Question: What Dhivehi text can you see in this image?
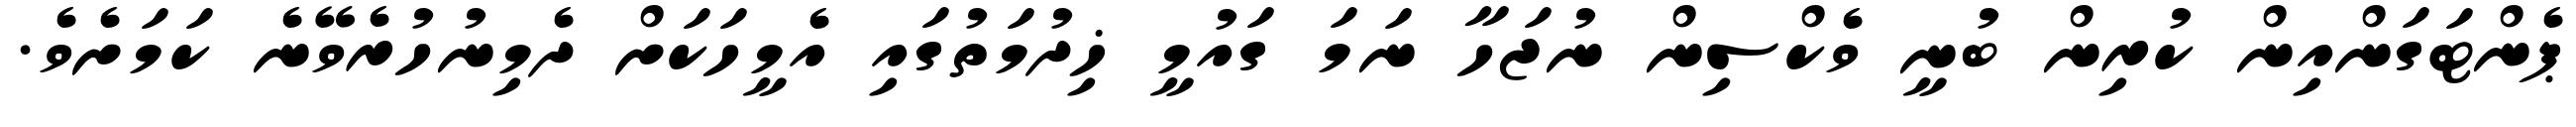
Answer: ޕެންޓަގަންއިން ކުރިން ބުނީ ވެކްސިން ނުޖަހާ ނަމަ ގައުމީ ޚިދުމަތުގައި އެމީހަކަށް ދެމިނުހުރެވޭނެ ކަމަށެވެ.